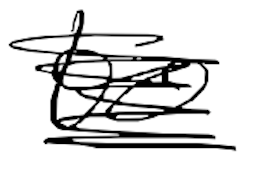
Text: to
Cross-out: scratch
Writing tool: digital_black